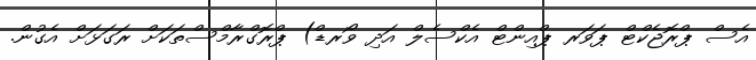
އެސް ޕްރޮޖެކްޓް ޕަވަރ ޕްއިންޓް އެކްސެލް އަދި ވޯރޑް) ޕްރޮގްރާމްސްތަކަށް ރަގަޅަށް އެގުން.